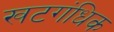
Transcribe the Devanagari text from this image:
खटगंधिक